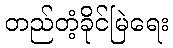
တည်တံ့ခိုင်မြဲရေး